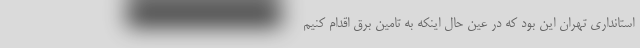
استانداری تهران این بود که در عین حال اینکه به تامین برق اقدام کنیم